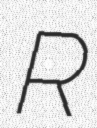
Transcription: R